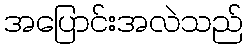
အပြောင်းအလဲသည်